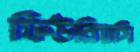
ফিউরিয়সি